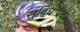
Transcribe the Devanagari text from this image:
सुविधाप्रद